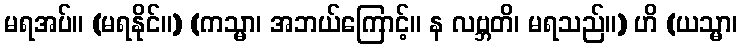
မရအပ်။ (မရနိုင်။) (ကသ္မာ၊ အဘယ်ကြောင့်။ န လဗ္ဘတိ၊ မရသည်။) ဟိ (ယသ္မာ၊